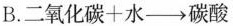
B.$$二氧化碳+水\rightarrow 碳酸$$